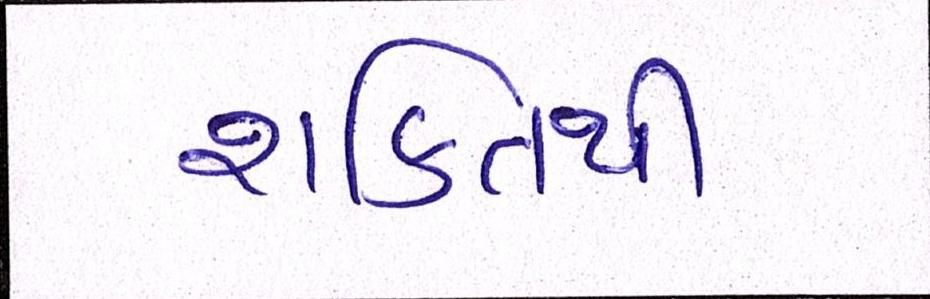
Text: શક્તિથી